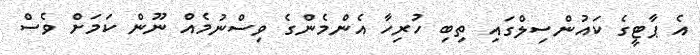
އެ ޕާޓީގެ ކައުންސިލްގައި ތިބި ހުރިހާ އެންމެންގެ ވިސްނުމެއް ނޫން ކަމަށް ވެސް